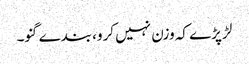
لڑ پڑے کہ وزن نہیں کرو، بندے گنو۔